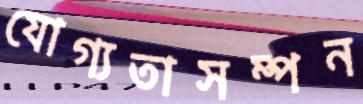
যোগ্যতাসম্পন